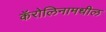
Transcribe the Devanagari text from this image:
कॅरोलिनामधील